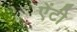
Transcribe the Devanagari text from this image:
एेंटी